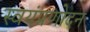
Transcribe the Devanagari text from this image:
स्वयंप्रणोदन